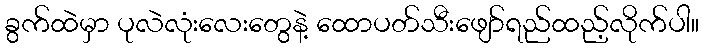
ခွက်ထဲမှာ ပုလဲလုံးလေးတွေနဲ့ ထောပတ်သီးဖျော်ရည်ထည့်လိုက်ပါ။